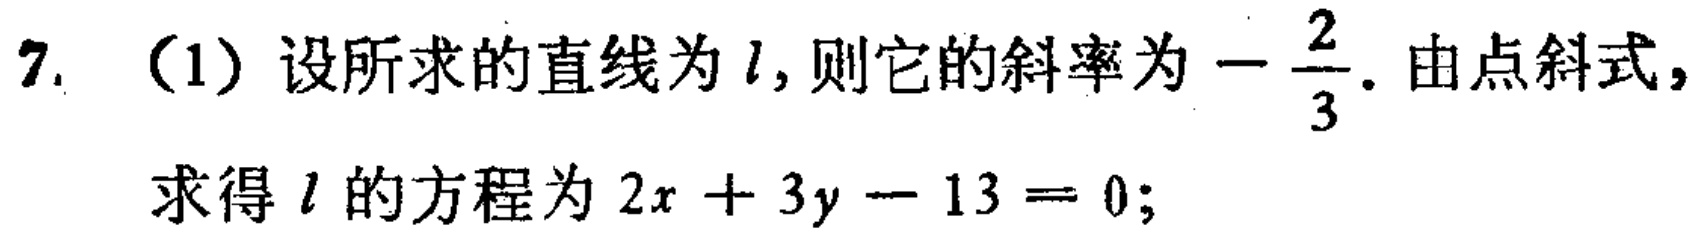
7. （1）设所求的直线为\(l\)，则它的斜率为\(-\frac{2}{3}\). 由点斜式，求得\(l\)的方程为\(2x + 3y - 13 = 0\);